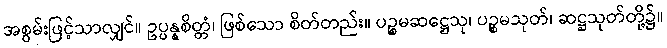
အစွမ်းဖြင့်သာလျှင်။ ဥပ္ပန္နစိတ္တံ၊ ဖြစ်သော စိတ်တည်း။ ပဉ္စမဆဋ္ဌေသု၊ ပဉ္စမသုတ်၊ ဆဋ္ဌသုတ်တို့၌။